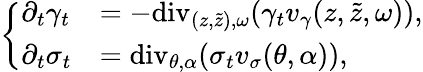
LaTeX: \left\{ \begin{array}{ll}{\partial_{t}\gamma_{t}}&{=-\mathrm{div}_{(z,\tilde{z}),\omega}(\gamma_{t}v_{\gamma}(z,\tilde{z},\omega)),}\\ {\partial_{t}\sigma_{t}}&{=\mathrm{div}_{\theta,\alpha}(\sigma_{t}v_{\sigma}(\theta,\alpha)),}\end{array}\right.